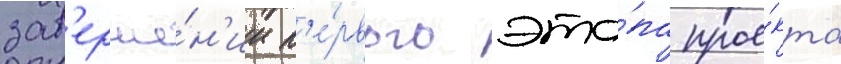
зав'ерше́н'ии п'е́рвого эта́па прое́кта